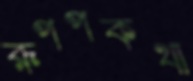
রূপপকথা